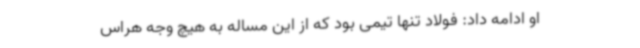
او ادامه داد: فولاد تنها تیمی بود که از این مساله به هیچ وجه هراس